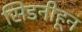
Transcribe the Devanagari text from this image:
सिडनीहून